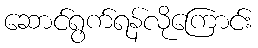
ဆောင်ရွက်ရန်လိုကြောင်း